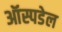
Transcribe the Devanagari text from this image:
ऑस्पडेल